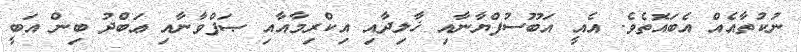
ނުކުތާއެއް އެބައޮތެވެ. އެއީ އަބޫސުފްޔާނާއި ޚާލިދާއި އިކްރިމާއާއި ޞަފްވާނާއި ޢަބްދު ބިން އަބީ